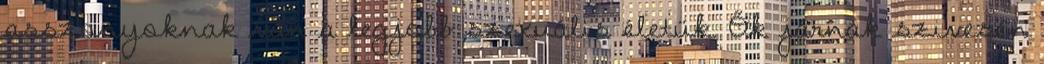
asszonyoknak van a legjobb szexuális életük. Ők járnak szivesen